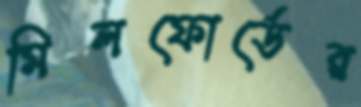
মিলফোর্ডের